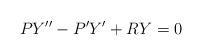
LaTeX: \begin{align*} PY''-P'Y'+RY = 0\end{align*}